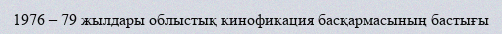
1976 – 79 жылдары облыстық кинофикация басқармасының бастығы